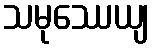
သမုဿေယျ